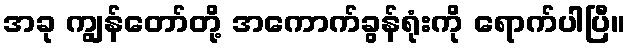
အခု ကျွန်တော်တို့ အကောက်ခွန်ရုံးကို ရောက်ပါပြီ။